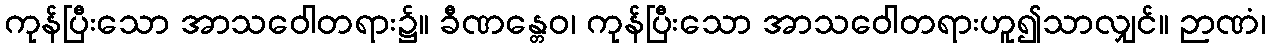
ကုန်ပြီးသော အာသဝေါတရား၌။ ခီဏန္တေဝ၊ ကုန်ပြီးသော အာသဝေါတရားဟူ၍သာလျှင်။ ဉာဏံ၊